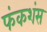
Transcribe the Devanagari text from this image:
फंकशंस